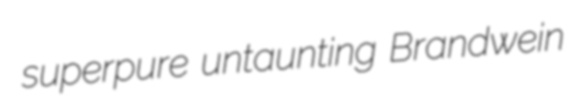
superpure untaunting Brandwein